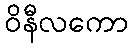
ဝိနီလကော